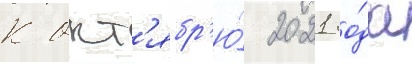
К окт'ябр'ю́ 2021 го́да